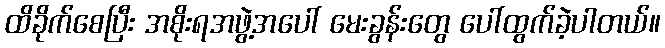
ထိခိုက်စေပြီး အစိုးရအဖွဲ့အပေါ် မေးခွန်းတွေ ပေါ်ထွက်ခဲ့ပါတယ်။